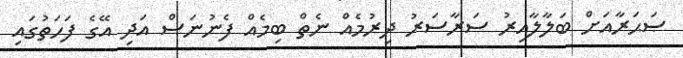
ޞަޙަރާއަށް ބަލާލާއިރު ސަރާސަރު ދިރުމެއް ނެތް ބިމެއް ފެނުނަސް އަދި އޭގެ ފަހަތުގައި